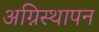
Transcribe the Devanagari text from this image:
अग्निस्थापन